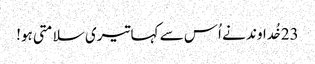
23خُداوند نے اُس سے کہا تیری سلامتی ہو!